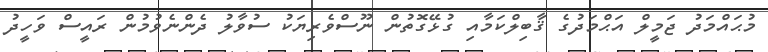
މުޙައްމަދު ޖަމީލް އަޙްމަދުގެ ޤާބިލްކަމާއި ގުޅޭގޮތުން ނޫސްވެރިޔަކު ސުވާލު ދެންނެވުމުން ރައީސް ވަހީދު